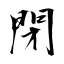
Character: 閉